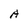
Character: A